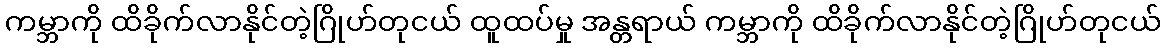
ကမ္ဘာကို ထိခိုက်လာနိုင်တဲ့ဂြိုဟ်တုငယ် ထူထပ်မှု အန္တရာယ် ကမ္ဘာကို ထိခိုက်လာနိုင်တဲ့ဂြိုဟ်တုငယ်